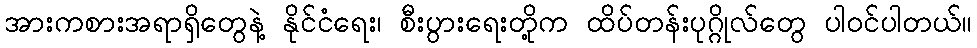
အားကစားအရာရှိတွေနဲ့ နိုင်ငံရေး၊ စီးပွားရေးတို့က ထိပ်တန်းပုဂ္ဂိုလ်တွေ ပါဝင်ပါတယ်။